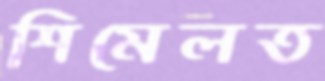
শিমেলত